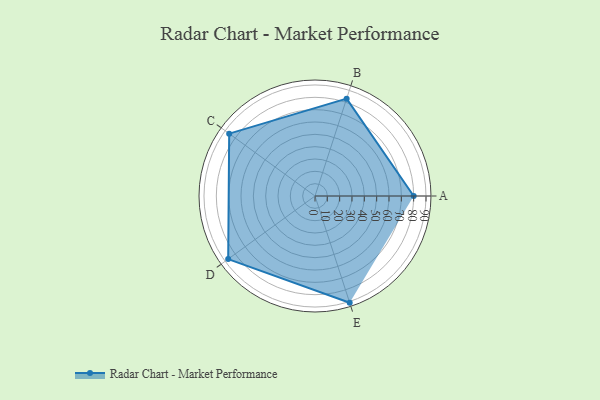
{"axis": {"x": "Skill", "y": "Score"}, "legend": ["Profile"], "data": [{"x": "A", "y": 80.0, "type": "Profile"}, {"x": "B", "y": 83.0, "type": "Profile"}, {"x": "C", "y": 86.0, "type": "Profile"}, {"x": "D", "y": 87.0, "type": "Profile"}, {"x": "E", "y": 91.0, "type": "Profile"}]}